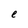
Character: e